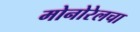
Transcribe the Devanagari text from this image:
मोनोरेलचा